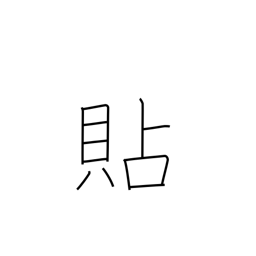
Meaning: apply